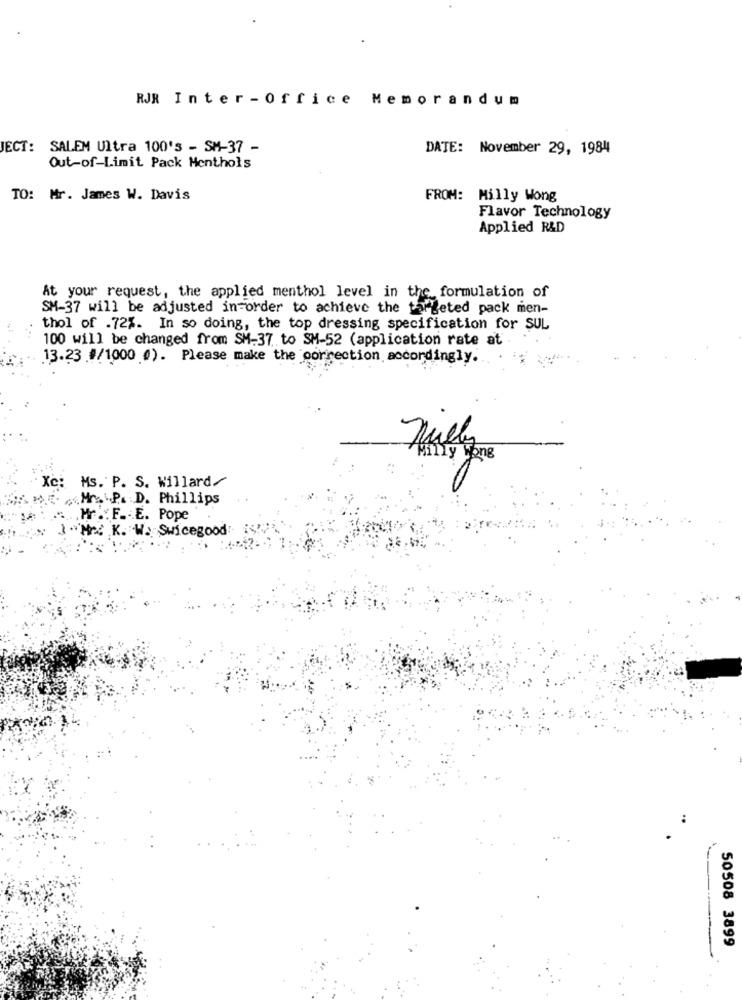
RJR Inter -Office Memorandum
JECT: SALEM Ultra 100's - SM-37 -
DATE: November 29, 1984
Out-of-Limit Pack Menthols
TO: Mr. James W. Davis
FROM: Milly Wong
Flavor Technology
Applied R&D
At your request, the applied menthol level in the formulation of
SM-37 will be adjusted in order to achieve the targeted pack men-
thol of .72%. In so doing, the top dressing specification for SUL
100 will be changed from SM-37 to SM-52 (application rate at
13.23 .#/1000 0). Please make the correction accordingly.
Milles
Xc: Ms. P. S. Willard/
Mr. P. D. Phillips
,Mr .: F ... E. Pope
Med K. W. Swicegood
..
50508 3899